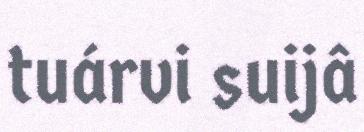
tuárvi suijâ